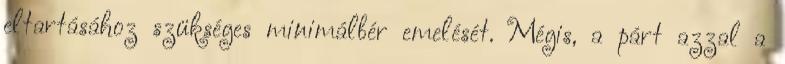
eltartásához szükséges minimálbér emelését. Mégis, a párt azzal a